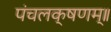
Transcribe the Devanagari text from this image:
पंचलक्षणम्‌॥